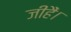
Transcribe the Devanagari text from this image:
जीहैं।